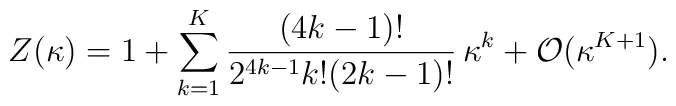
Z(\kappa) = 1 + \sum_{k=1}^{K} {(4k-1)!\over 2^{4k-1} k! (2k-1)!}\,\kappa^{k} + {\cal O}(\kappa^{K+1}).